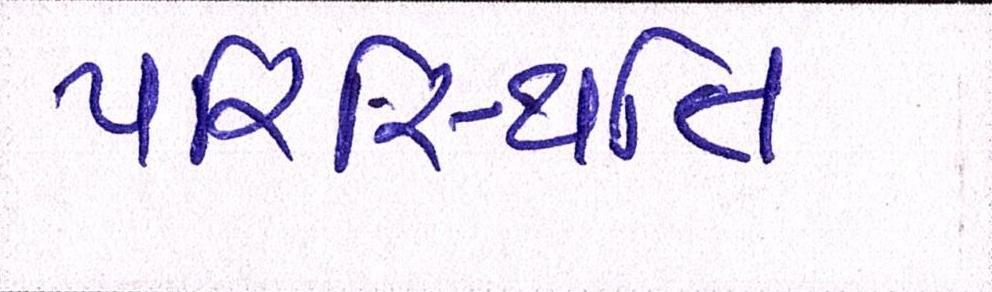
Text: પરિસ્થિતિ